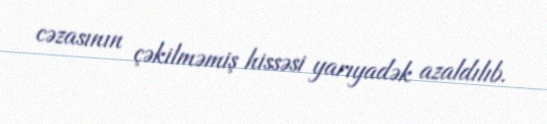
cəzasının çəkilməmiş hissəsi yarıyadək azaldılıb.